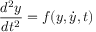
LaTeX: { \frac { d ^ { 2 } y } { d t ^ { 2 } } } = f ( y , { \dot { y } } , t )